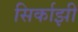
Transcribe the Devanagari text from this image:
सिर्काझी